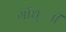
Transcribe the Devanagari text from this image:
गाँध्ाी